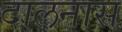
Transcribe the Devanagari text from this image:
दालनास